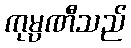
ကုမ္ပဏီသည်